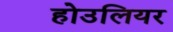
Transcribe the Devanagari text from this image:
होउलियर